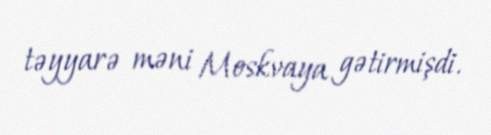
təyyarə məni Moskvaya gətirmişdi.